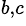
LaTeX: {}^{b,c}